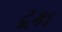
ટૂકા